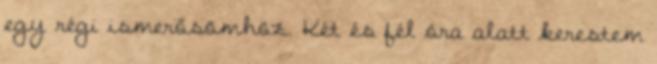
egy régi ismerősömhöz. Két és fél óra alatt kerestem